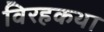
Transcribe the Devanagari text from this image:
विरहकथा